Indian journal of veterinary science and animal husbandry - Volumes 18-21, 1948-1951
Year: 1948
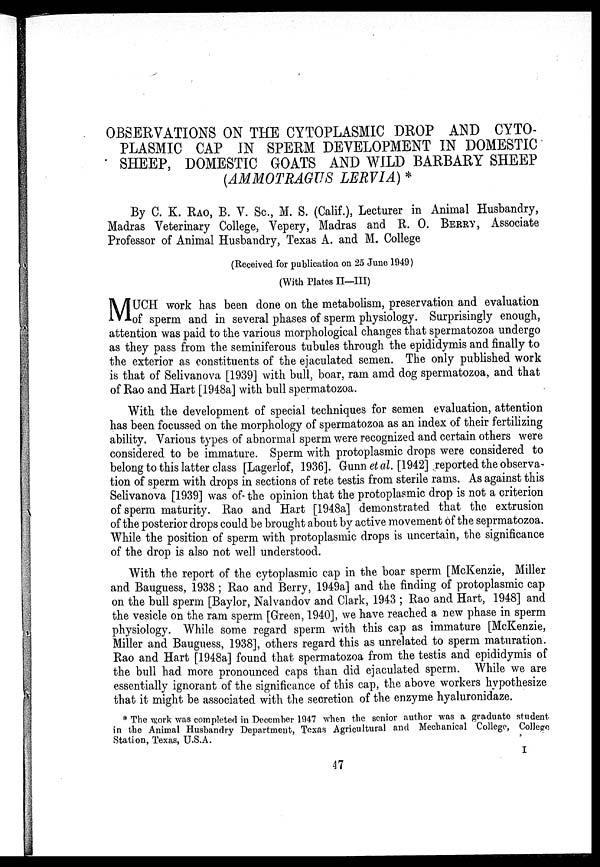
OBSERVATIONS ON THE CYTOPLASMIC DROP AND CYTO-
PLASMIC CAP IN SPERM DEVELOPMENT IN DOMESTIC
SHEEP, DOMESTIC GOATS AND WILD BARBARY SHEEP
(AMMOTRAGUS LERVIA) *
By C. K. RAO, B. V. Sc., M. S. (Calif.), Lecturer in Animal Husbandry,
Madras Veterinary College, Vepery, Madras and R. O. BERRY, Associate
Professor of Animal Husbandry, Texas A. and M. College
(Received for publication on 25 June 1949)
(With Plates II—III)
M UCH work has been done on the metabolism, preservation and evaluation
of sperm and in several phases of sperm physiology. Surprisingly enough,
attention was paid to the various morphological changes that spermatozoa undergo
as they pass from the seminiferous tubules through the epididymis and finally to
the exterior as constituents of the ejaculated semen. The only published work
is that of Selivanova [1939] with bull, boar, ram amd dog spermatozoa, and that
of Rao and Hart [1948a] with bull spermatozoa.
With the development of special techniques for semen evaluation, attention
has been focussed on the morphology of spermatozoa as an index of their fertilizing
ability. Various types of abnormal sperm were recognized and certain others were
considered to be immature. Sperm with protoplasmic drops were considered to
belong to this latter class [Lagerlof, 1936]. Gunn et al. [1942] reported the observa-
tion of sperm with drops in sections of rete testis from sterile rams. As against this
Selivanova [1939] was of the opinion that the protoplasmic drop is not a criterion
of sperm maturity. Rao and Hart [1948a] demonstrated that the extrusion
of the posterior drops could be brought about by active movement of the seprmatozoa.
While the position of sperm with protoplasmic drops is uncertain, the significance
of the drop is also not well understood.
With the report of the cytoplasmic cap in the boar sperm [McKenzie, Miller
and Bauguess, 1938 ; Rao and Berry, 1949a] and the finding of protoplasmic cap
on the bull sperm [Baylor, Nalvandov and Clark, 1943 ; Rao and Hart, 1948] and
the vesicle on the ram sperm [Green, 1940], we have reached a new phase in sperm
physiology. While some regard sperm with this cap as immature [McKenzie,
Miller and Bauguess, 1938], others regard this as unrelated to sperm maturation.
Rao and Hart [1948a] found that spermatozoa from the testis and epididymis of
the bull had more pronounced caps than did ejaculated sperm. While we are
essentially ignorant of the significance of this cap, the above workers hypothesize
that it might be associated with the secretion of the enzyme hyaluronidaze.
* The work was completed in December 1947 when the senior author was a graduate student
in the Animal Husbandry Department, Texas Agricultural and Mechanical College, College
Station, Texas, U.S.A.
I
47